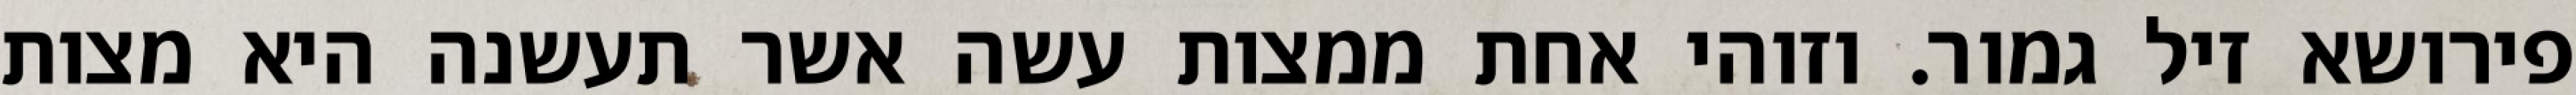
פירושא זיל גמור. וזוהי אחת ממצות עשה אשר תעשנה היא מצות